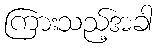
ကြားသည့်အခါ